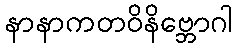
နာနာကတဝိနိဗ္ဘောဂါ